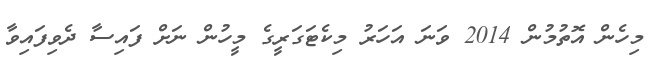
މިހެން އޮތުމުން 2014 ވަނަ އަހަރު މިކެޓަގަރީގެ މީހުން ނަށް ފައިސާ ދެވިފައިވާ